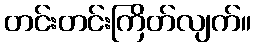
တင်းတင်းကြိတ်လျက်။